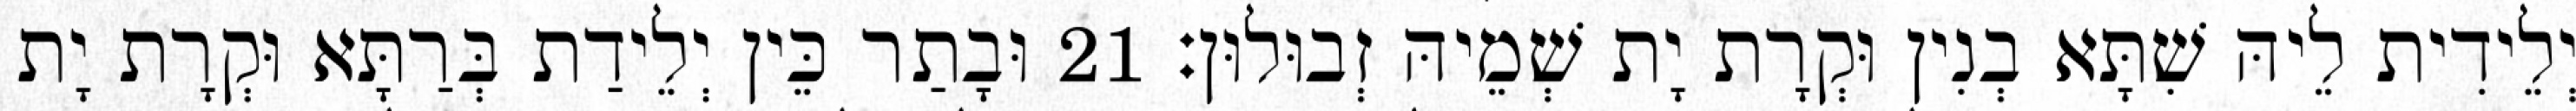
יְלֵידִית לֵיהּ שִׁתָּא בְנִין וּקְרָת יָת שְׁמֵיהּ זְבוּלוּן׃ 21 וּבָתַר כֵּין יְלֵידַת בְּרַתָּא וּקְרָת יָת